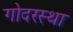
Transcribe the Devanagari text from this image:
गोदरस्था